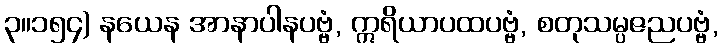
၃။၁၅၄) နယေန အာနာပါနပဗ္ဗံ, ဣရိယာပထပဗ္ဗံ, စတုသမ္ပဇညပဗ္ဗံ,